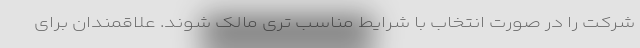
شرکت را در صورت انتخاب با شرایط مناسب تری مالک شوند. علاقمندان برای